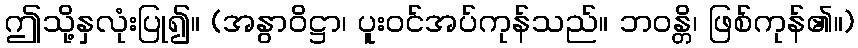
ဤသို့နှလုံးပြု၍။ (အနွာဝိဋ္ဌာ၊ ပူးဝင်အပ်ကုန်သည်။ ဘဝန္တိ၊ ဖြစ်ကုန်၏။)